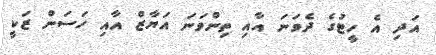
އަދި އެ ހީޓުގެ ދެވަނަ އާއި ތިންވަނަ އަޔާޒް އާއި ހަސަން ޒަކީ